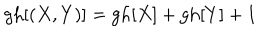
\mathrm { g h } [ ( X , Y ) ] = \mathrm { g h } [ X ] + \mathrm { g h } [ Y ] + 1